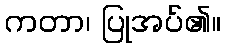
ကတာ၊ ပြုအပ်၏။